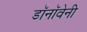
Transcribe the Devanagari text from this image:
डॉनॉवेनी